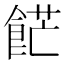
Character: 𩛲